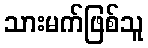
သားမက်ဖြစ်သူ